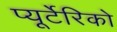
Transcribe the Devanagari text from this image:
प्यूर्टेरिको